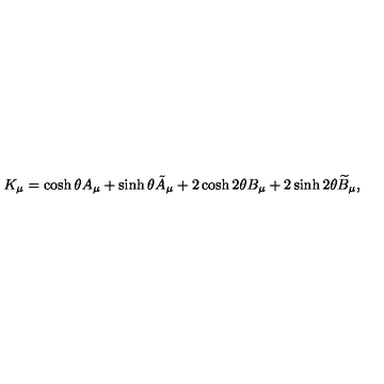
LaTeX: K _ { \mu } = \cosh \theta A _ { \mu } + \sinh \theta \tilde { A } _ { \mu } + 2 \cosh 2 \theta B _ { \mu } + 2 \sinh 2 \theta \widetilde B _ { \mu } ,